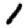
Digit: 1